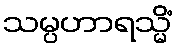
သမ္ပဟာရသ္မိံ